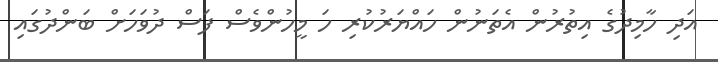
އަދި ހާމިދުގެ އިތުރުން އެތަނުން ހައްޔަރުކުރި ހަ މީހުންވެސް ފަސް ދުވަހަށް ބަންދުގައި